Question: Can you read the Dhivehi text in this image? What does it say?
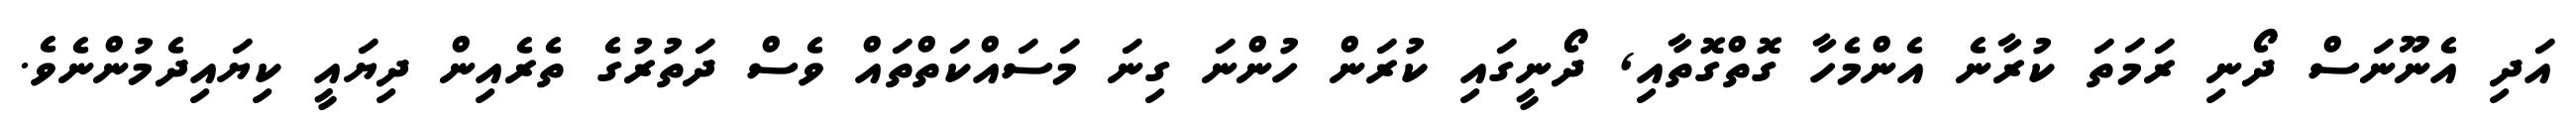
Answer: އަދި އެނޫނަސް ދޯނި ރަމަތަ ކުރާނެ އެންމެހާ ގޮތްގޮތާއި, ދޯނީގައި ކުރަން ހުންނަ ގިނަ މަސައްކަތްތައް ވެސް ދަތުރުގެ ތެރެއިން ދިޔައީ ކިޔައިދެމުންނެވެ.